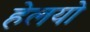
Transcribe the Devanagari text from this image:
हेलयो